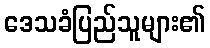
ဒေသခံပြည်သူများ၏